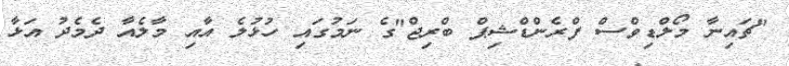
"ޗައިނާ މޯލްޑިވްސް ފްރެންޑްޝިޕް ބްރިޖް"ގެ ނަމުގައި ހުޅުލެ އާއި މާލެއާ ދެމެދު އަޅާ